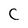
Character: C